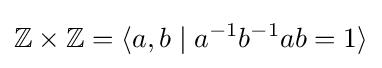
\mathbb {Z} \times \mathbb {Z} =\langle a,b\mid a^{-1}b^{-1}ab=1\rangle